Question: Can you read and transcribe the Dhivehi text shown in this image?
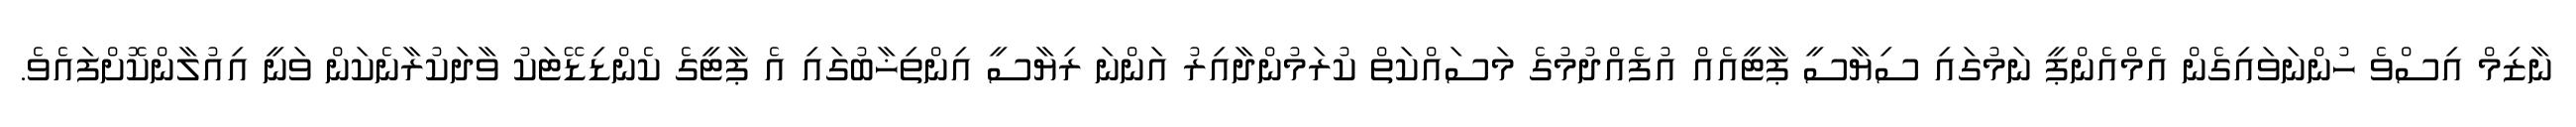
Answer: ނާޒިމް އިސްވެ ހުންނަވައިގެން އެމްއެންޕީ ނަމުގައި ސިޔާސީ ޕާޓީއެއް އުފެއްދުމުގެ މަސައްކަތް ކުރަމުންދާއިރު އަންނަ ރިޔާސީ އިންތިޚާބުގައި އެ ޕާޓީގެ ކެންޑިޑޭޓަކު ވާދަކުރާނެކަން ވަނީ އިއުލާންކޮށްފައެވެ.